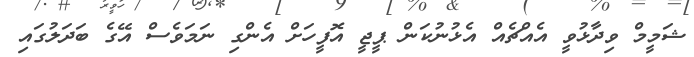
ޝަމީމް ވިދާޅުވީ އެއްޗެއް އެޅުނުކަން ޕީޖީ އޮފީހަށް އެންގި ނަމަވެސް އޭގެ ބަދަލުގައި